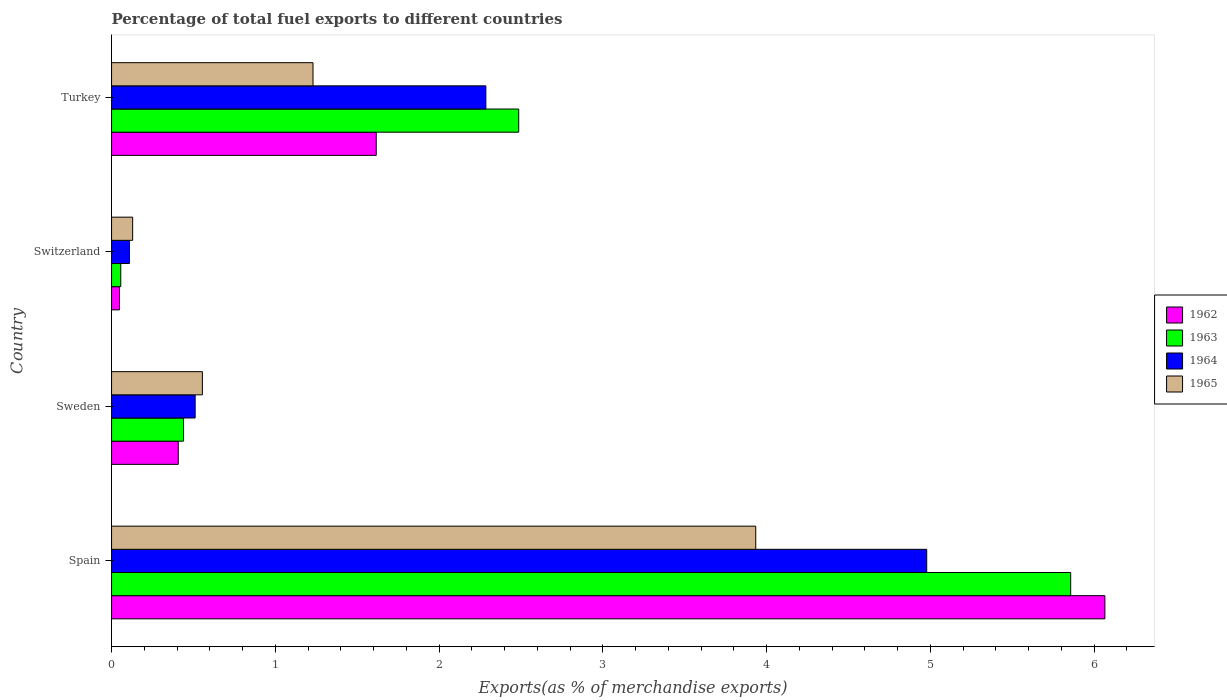
| Country | 1962 | 1963 | 1964 | 1965 |
 | --- | --- | --- | --- | --- |
 | Spain | 6.07 | 5.86 | 4.98 | 3.93 |
 | Sweden | 0.407 | 0.439 | 0.51 | 0.555 |
 | Switzerland | 0.0482 | 0.0563 | 0.109 | 0.129 |
 | Turkey | 1.62 | 2.49 | 2.29 | 1.23 |